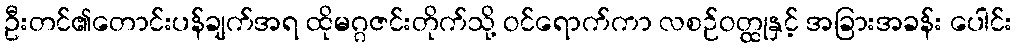
ဦးတင်၏တောင်းပန်ချက်အရ ထိုမဂ္ဂဇင်းတိုက်သို့ ဝင်ရောက်ကာ လစဉ်ဝတ္ထုနှင့် အခြားအခန်း ပေါင်း